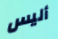
أليس